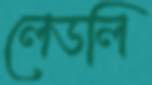
লেডলি